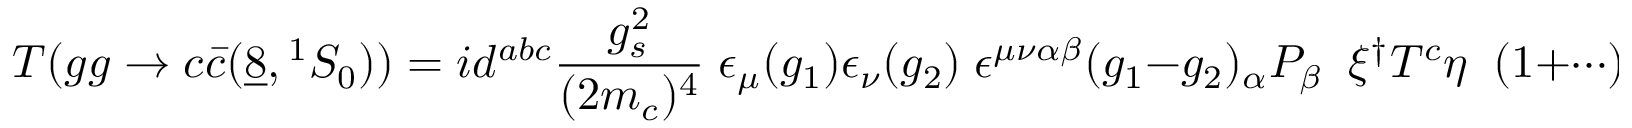
{ \cal T } ( g g \to c \bar { c } ( \underline { { { 8 } } } , { } ^ { 1 } S _ { 0 } ) ) = i d ^ { a b c } { \frac { g _ { s } ^ { 2 } } { ( 2 m _ { c } ) ^ { 4 } } } \; \epsilon _ { \mu } ( g _ { 1 } ) \epsilon _ { \nu } ( g _ { 2 } ) \; \epsilon ^ { \mu \nu \alpha \beta } ( g _ { 1 } - g _ { 2 } ) _ { \alpha } P _ { \beta } \; \; \xi ^ { \dagger } T ^ { c } \eta \; \; ( 1 + \cdots ) \; .